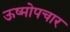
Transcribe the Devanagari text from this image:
ऊष्मोपचार